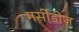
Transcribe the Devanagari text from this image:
मर्सीडीज